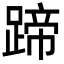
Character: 蹄